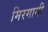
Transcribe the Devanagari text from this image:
मिरगानी